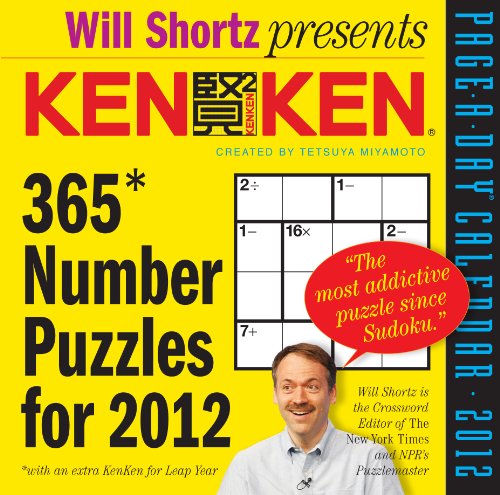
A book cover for KenKen 2012 Calendar; Tetsuya Miyamoto; Calendars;